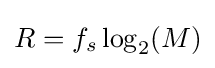
R=f_{s}\log _{2}(M)